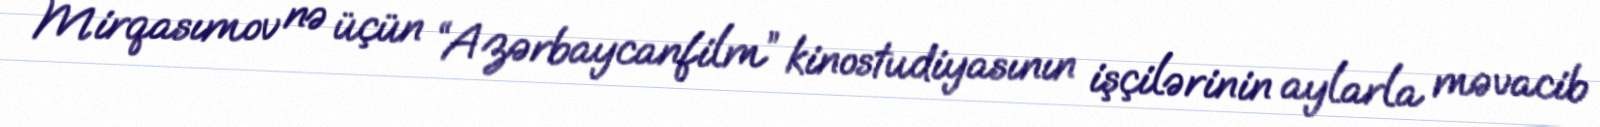
Mirqasımov nə üçün “Azərbaycanfilm” kinostudiyasının işçilərinin aylarla məvacib